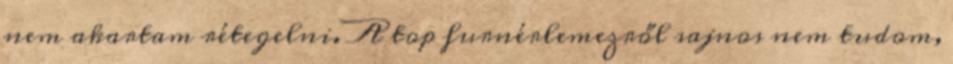
nem akartam rétegelni. A top furnérlemezről sajnos nem tudom,